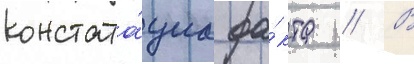
констата́циа фа́кта // В